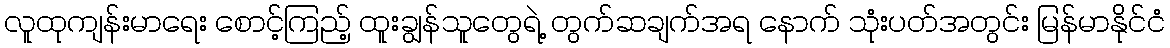
လူထုကျန်းမာရေး စောင့်ကြည့် ထူးချွန်သူတွေရဲ့ တွက်ဆချက်အရ နောက် သုံးပတ်အတွင်း မြန်မာနိုင်ငံ